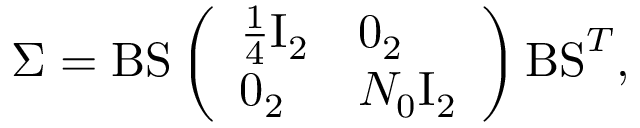
\Sigma = \mathrm { B S } \left( \begin{array} { l l } { \frac { 1 } { 4 } \mathrm { I } _ { 2 } } & { 0 _ { 2 } } \\ { 0 _ { 2 } } & { N _ { 0 } \mathrm { I } _ { 2 } } \end{array} \right) \mathrm { B S } ^ { T } ,